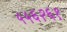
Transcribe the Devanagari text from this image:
५५६२६१